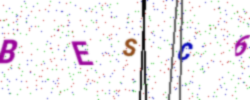
Text: BESC6